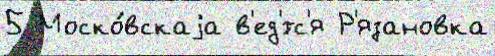
5 Моско́вскаjа в'ед'́тс'я Р'язановка